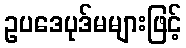
ဥပဒေပုဒ်မများဖြင့်